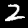
Label: 2